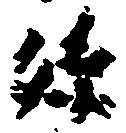
孫